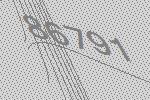
86791